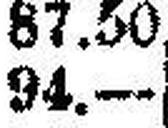
94.—